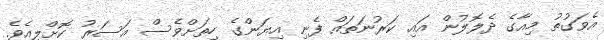
އެވަގުތު މިއާގެ ދެލޮލުން އައި ކަރުނަތައް ފެނި އިޔަންގެ ހިތަށްވެސް އަސަރު ކޮށްލިއެވެ.